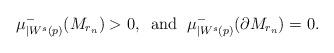
LaTeX: \begin{align*}\mu^-_{|W^s(p)}(M_{r_n})>0, \; \; \mathrm{and} \; \; \mu^-_{|W^s(p)}(\partial M_{r_n})=0.\end{align*}